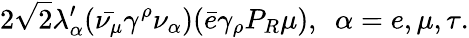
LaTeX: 2\sqrt{2}\lambda_{\alpha}^{\prime}(\bar{\nu_{\mu}}\gamma^{\rho}\nu_{\alpha})(\bar{e}\gamma_{\rho}P_{R}\mu),~~\alpha=e,\mu,\tau.